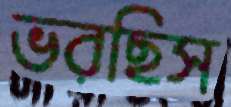
ভরছিস